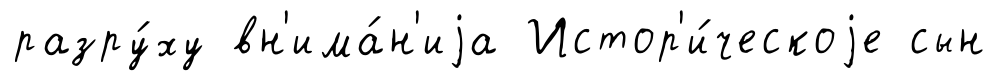
разру́ху вн'има́н'иjа Истор'и́ческоjе сын